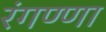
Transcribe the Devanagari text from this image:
रंगण्णा